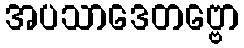
အပသာဒေတဗ္ဗော